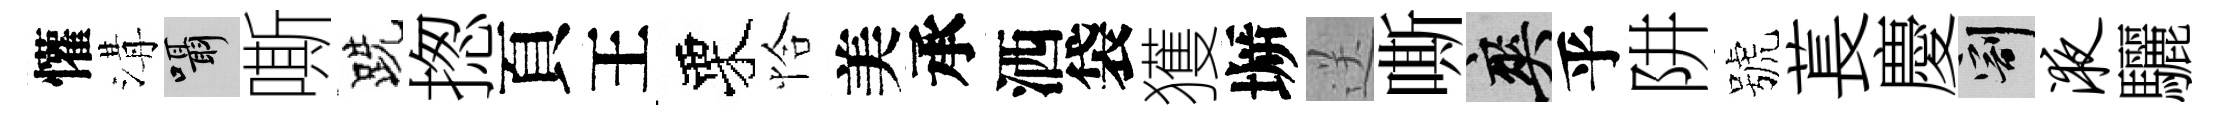
懽溝囁嘶跣揔頁王栗恰美承洒袋獲󶱲送嘶爽乎阱號萇慶割液驪